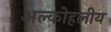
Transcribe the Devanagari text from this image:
अल्कोहलीय